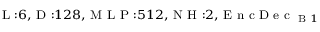
_ { \textrm { L } : 6 , \textrm { D } : 1 2 8 , \textrm { M L P } : 5 1 2 , \textrm { N H } : 2 , \textrm { E n c D e c } _ { \textrm { B } 1 } }